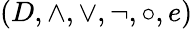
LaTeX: (D,\land,\lor,\lnot,\circ,e)